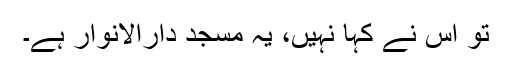
تو اُس نے کہا نہیں، یہ مسجد دارالانوار ہے۔